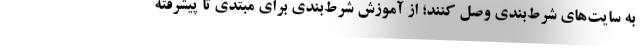
به سایت‌های شرط‌بندی وصل کنند؛ از آموزش شرط‌بندی برای مبتدی تا پیشرفته